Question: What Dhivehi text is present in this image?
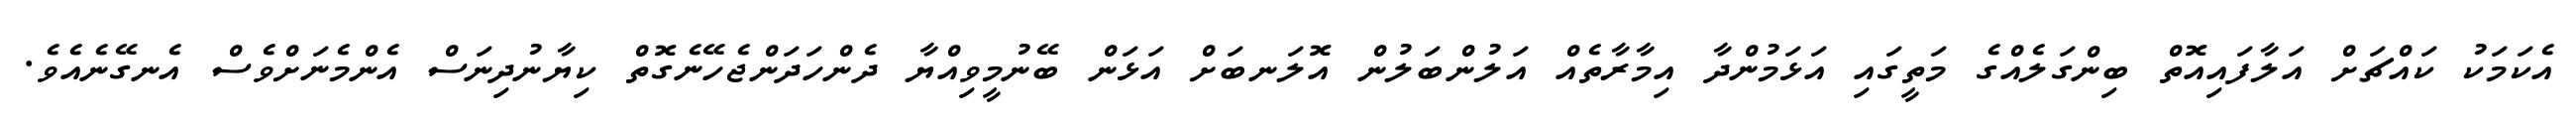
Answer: އެކަމަކު ކައްޗަށް އަލާފައިއޮތް ބިންގަލެއްގެ މަތީގައި އަޅަމުންދާ އިމާރާތެއް އަލުންބަލުން އޮލަނބަށް އަޅަން ބޭނުމީވިއްޔާ ދެންހަދަންޖެހޭނެގޮތް ކިޔާނުދިނަސް އެންމެނަށްވެސް އެނގޭނެއެވެ.